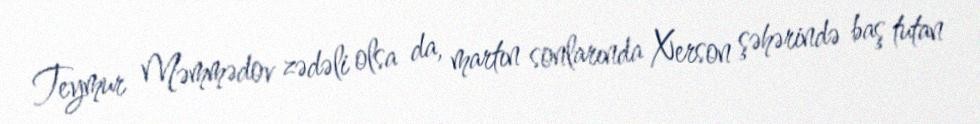
Teymur Məmmədov zədəli olsa da, martın sonlarında Xerson şəhərində baş tutan